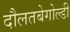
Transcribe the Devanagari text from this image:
दौलतबेगोल्डी